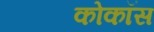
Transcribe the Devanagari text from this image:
कोकॉस